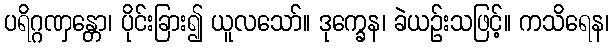
ပရိဂ္ဂဏှန္တော၊ ပိုင်းခြား၍ ယူလသော်။ ဒုက္ခေန၊ ခဲယဉ်းသဖြင့်။ ကသိရေန၊